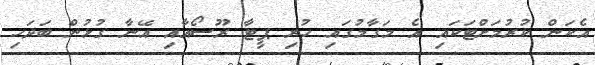
އެކަން ކުރުމަށްޓަކައި އެ މަގާމުގައި ހުރި ޕީޓާ ރޫސޯއާއި އޭނާ ގުޅުން ބަދަހި